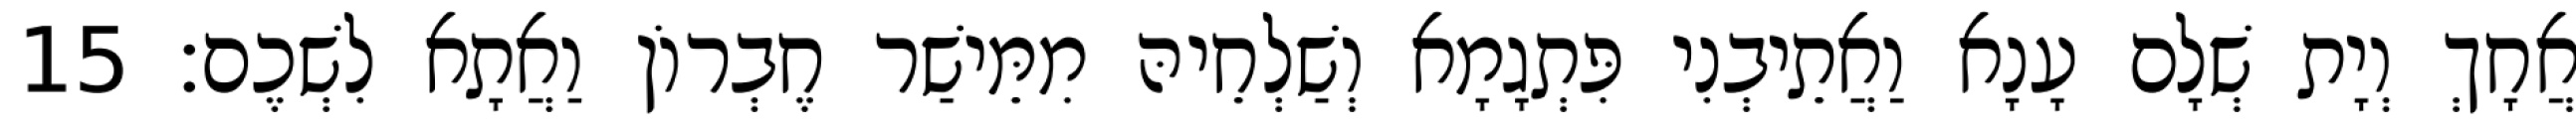
אֲחָךְ וְיָת שְׁלָם עָנָא וַאֲתֵיבְנִי פִּתְגָמָא וְשַׁלְחֵיהּ מִמֵּישַׁר חֶבְרוֹן וַאֲתָא לִשְׁכֶם׃ 15